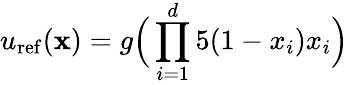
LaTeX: u_{\mathrm{ref}}(\mathbf{x})=g\Big(\prod_{i=1}^{d}{5(1-x_{i})x_{i}}\Big)